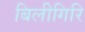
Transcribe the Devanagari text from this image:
बिलीगिरि